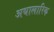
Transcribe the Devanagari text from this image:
अथालारिक